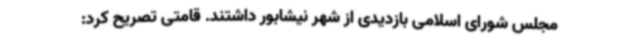
مجلس شورای اسلامی بازدیدی از شهر نیشابور داشتند. قامتی تصریح کرد: